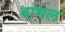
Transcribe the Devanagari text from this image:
बांधल